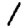
Digit: 1